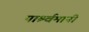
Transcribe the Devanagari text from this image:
पार्श्र्वमानी